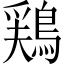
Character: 鶏